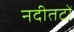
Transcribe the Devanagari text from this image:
नदीतटों